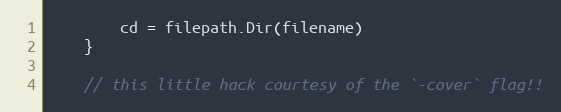
Language: Go
		cd = filepath.Dir(filename)
	}

	// this little hack courtesy of the `-cover` flag!!